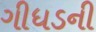
ગીધડની